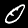
Digit: 0